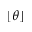
\lfloor \theta \rfloor